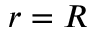
r = R